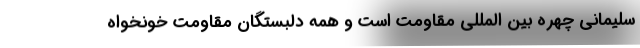
سلیمانی چهره بین المللی مقاومت است و همه دلبستگان مقاومت خونخواه